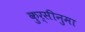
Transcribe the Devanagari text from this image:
कुर्सीनुमा